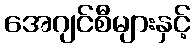
အေဂျင်စီများနှင့်